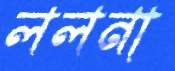
ললনা